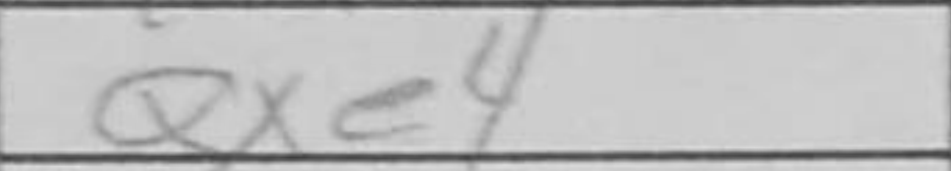
Transcription: Qxe4